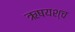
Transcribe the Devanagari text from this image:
ऋषयश्च